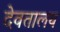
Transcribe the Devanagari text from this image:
देवतालय